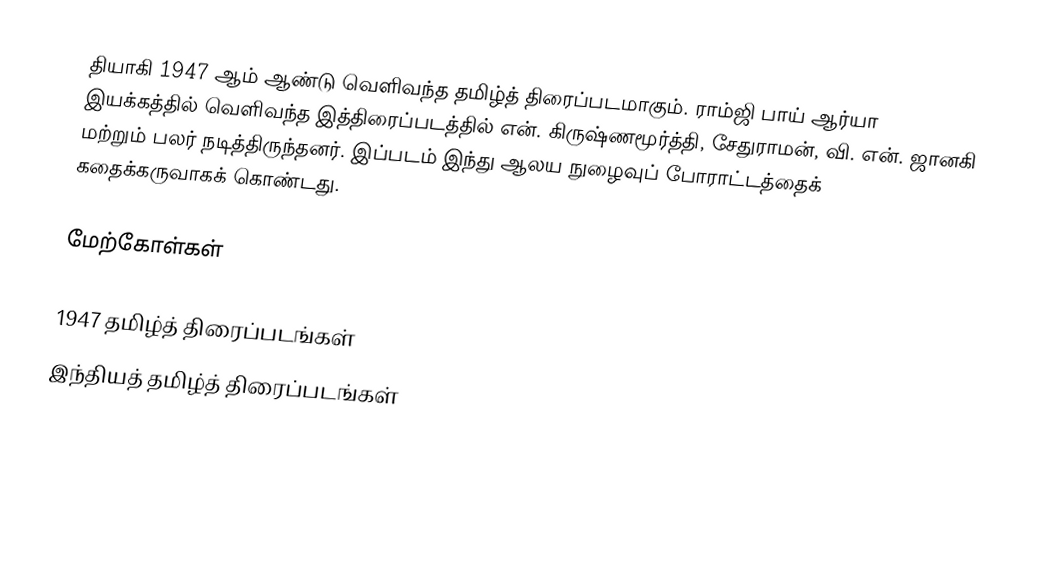
தியாகி 1947 ஆம் ஆண்டு வெளிவந்த தமிழ்த் திரைப்படமாகும். ராம்ஜி பாய் ஆர்யா இயக்கத்தில் வெளிவந்த இத்திரைப்படத்தில் என். கிருஷ்ணமூர்த்தி, சேதுராமன், வி. என். ஜானகி மற்றும் பலர் நடித்திருந்தனர். இப்படம் இந்து ஆலய நுழைவுப் போராட்டத்தைக் கதைக்கருவாகக் கொண்டது.

மேற்கோள்கள்

1947 தமிழ்த் திரைப்படங்கள்
இந்தியத் தமிழ்த் திரைப்படங்கள்